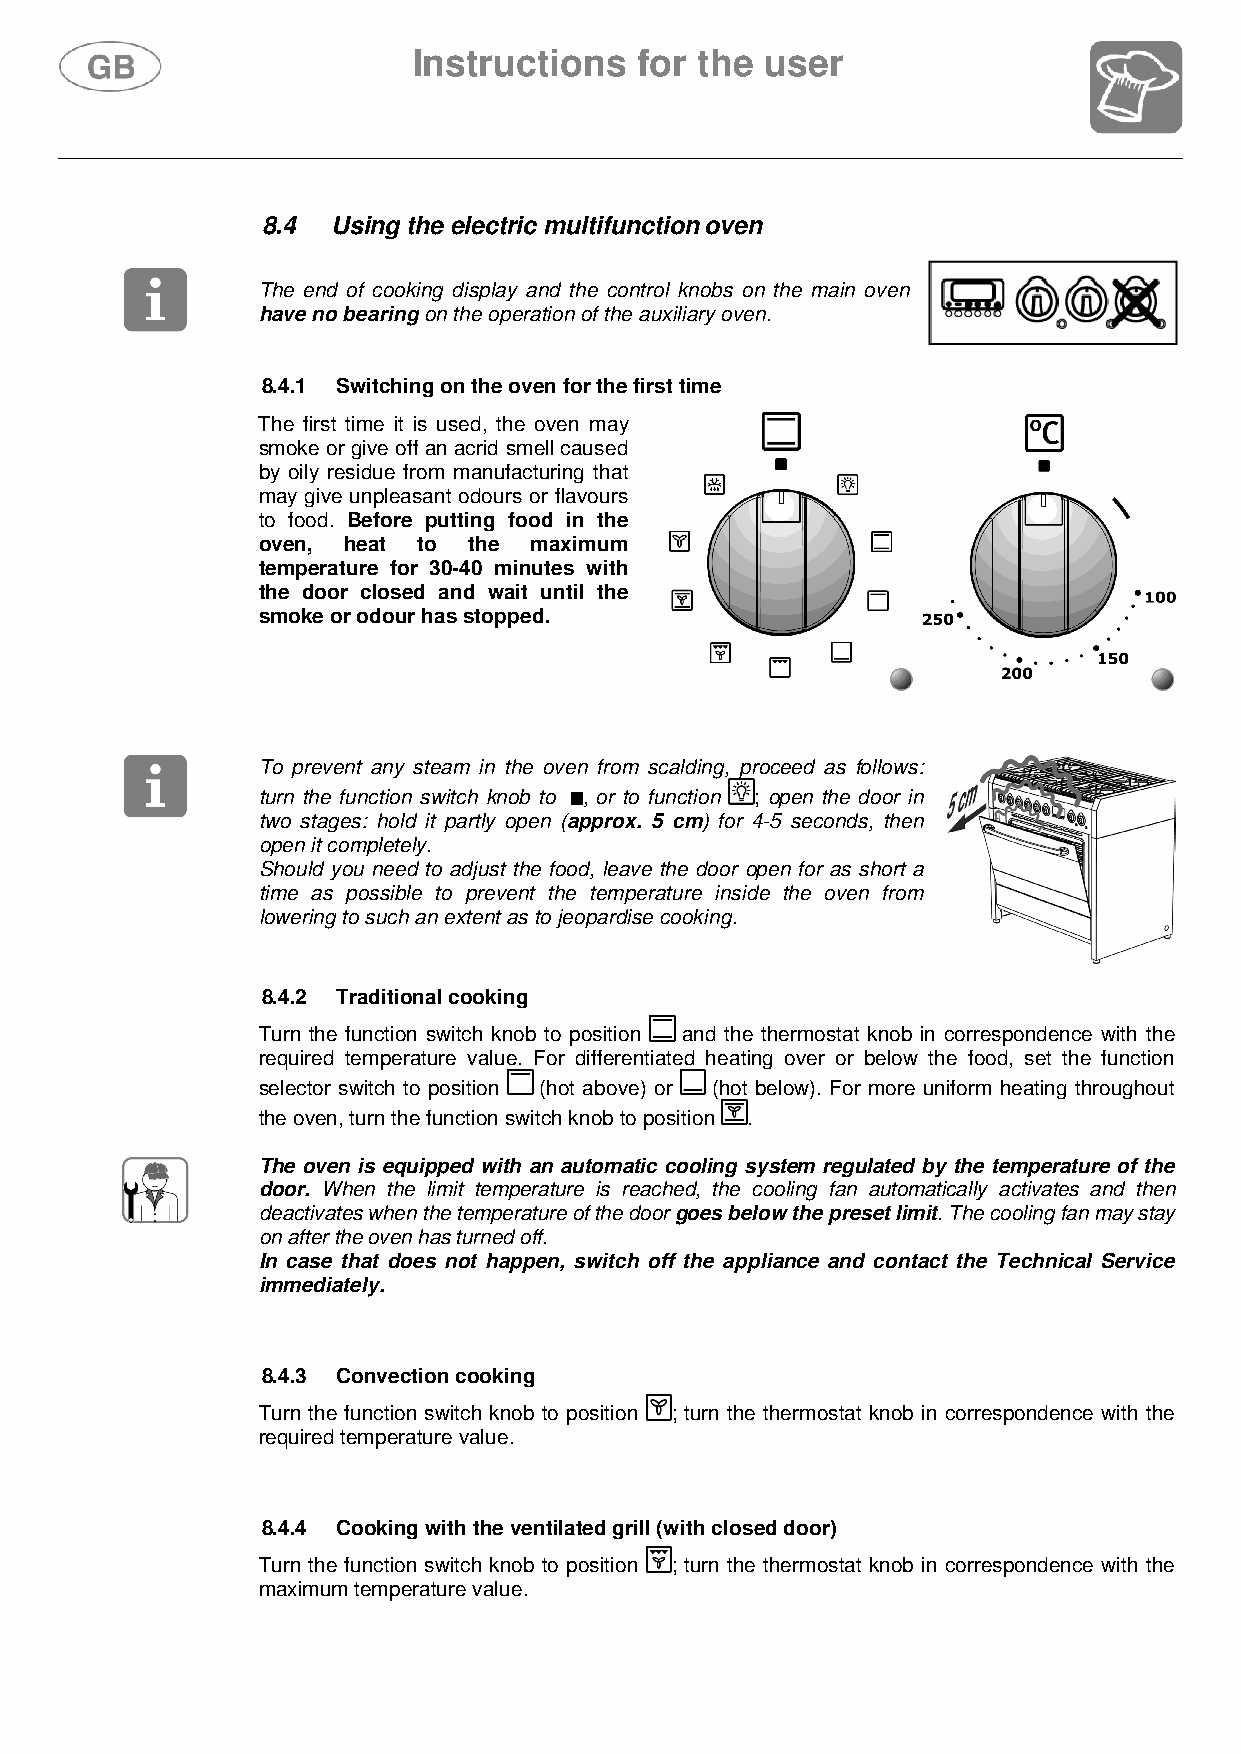
Instructions   for the  user
 8.4  Using the electric multifunction oven
 The end of cooking display and the control knobs on the main oven
 have no bearing on the operation of the auxiliary oven.
 8.4.1 Switching on the oven for the first time
 The first time it is used, the oven may
 smoke or give off an acrid smell caused
 by oily residue from manufacturing that
 may give unpleasant odours or flavours
 to food. Before putting food in the
 oven, heat to the maximum
 temperature for 30-40 minutes with
 the door closed and wait until the
 smoke or odour has stopped.
 To prevent any steam in the oven from scalding, proceed as follows:
 turn the function switch knob to , or to function ; open the door in
 two stages: hold it partly open (approx. 5 cm) for 4-5 seconds, then
 open it completely.
 Should you need to adjust the food, leave the door open for as short a
 time as possible to prevent the temperature inside the oven from
 lowering to such an extent as to jeopardise cooking.
 8.4.2 Traditional cooking
 Turn the function switch knob to position and the thermostat knob in correspondence with the
 required temperature value. For differentiated heating over or below the food, set the function
 selector switch to position (hot above) or (hot below). For more uniform heating throughout
 the oven, turn the function switch knob to position .
 The oven is equipped with an automatic cooling system regulated by the temperature of the
 door. When the limit temperature is reached, the cooling fan automatically activates and then
 deactivates when the temperature of the door goes below the preset limit. The cooling fan may stay
 on after the oven has turned off.
 In case that does not happen, switch off the appliance and contact the Technical Service
 immediately.
 8.4.3 Convection cooking
 Turn the function switch knob to position ; turn the thermostat knob in correspondence with the
 required temperature value.
 8.4.4 Cooking with the ventilated grill (with closed door)
 Turn the function switch knob to position ; turn the thermostat knob in correspondence with the
 maximum temperature value.
 100